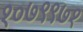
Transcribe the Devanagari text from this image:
१०७९९७१